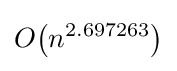
O{\mathord {\left(n^{2.697263}\right)}}